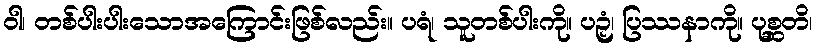
ဝါ၊ တစ်ပါးပါးသောအကြောင်းဖြစ်လည်း။ ပရံ၊ သူတစ်ပါးကို။ ပဉှံ၊ ပြဿနာကို။ ပုစ္ဆတိ၊